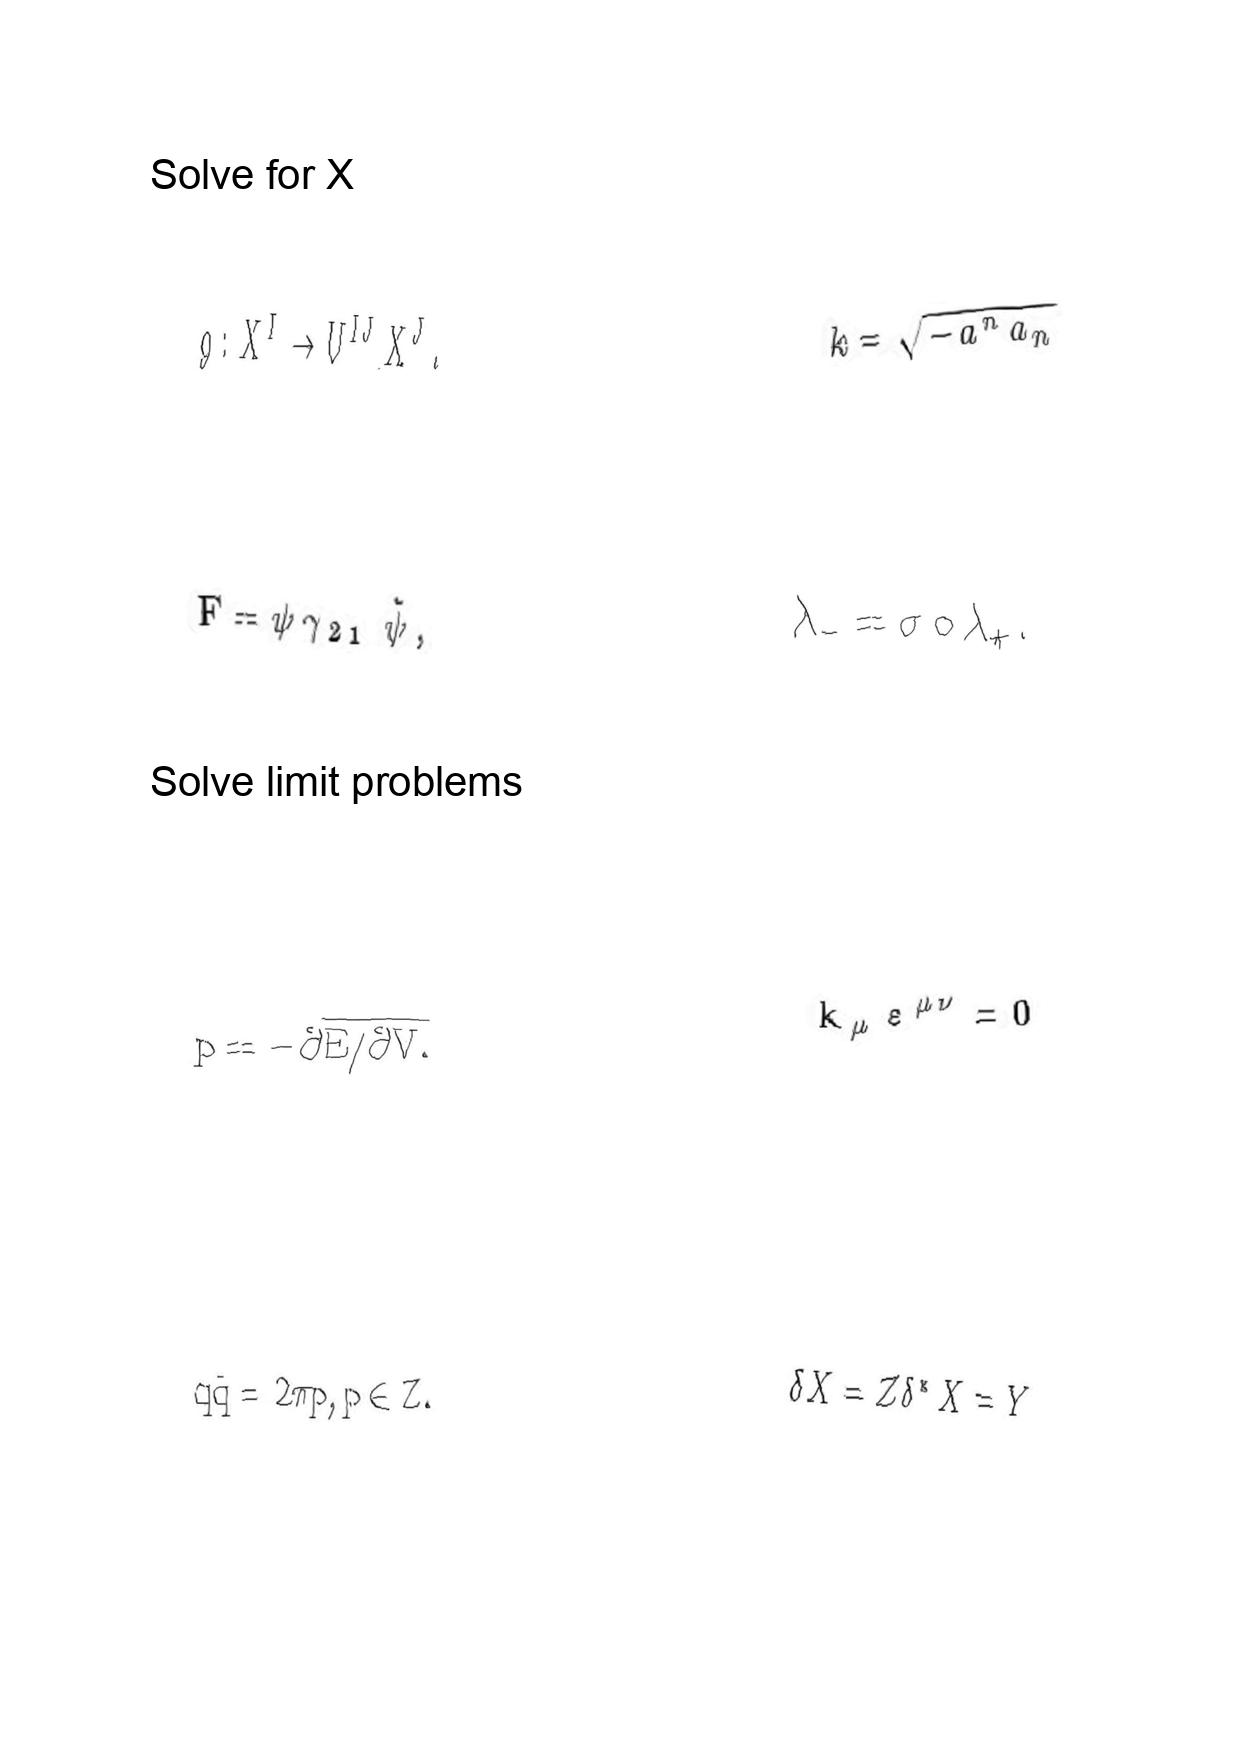
LaTeX transcription:
g : X ^ { I } \rightarrow U ^ { I J } X ^ { J } .
F = \psi \gamma _ { 2 1 } \tilde { \psi } ,
p = - \partial \overline { E / \partial V . }
q \tilde { q } = 2 \pi p , p \in Z .
k = \sqrt { - a ^ { n } a _ { n } }
\lambda _ { - } = \sigma \circ \lambda _ { + } .
k _ { \mu } \varepsilon ^ { \mu \nu } = 0
\delta X = Z \delta ^ { \ast } X = Y